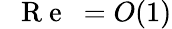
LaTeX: \mathrm{~\textit~{~R~e~}~}=O(1)